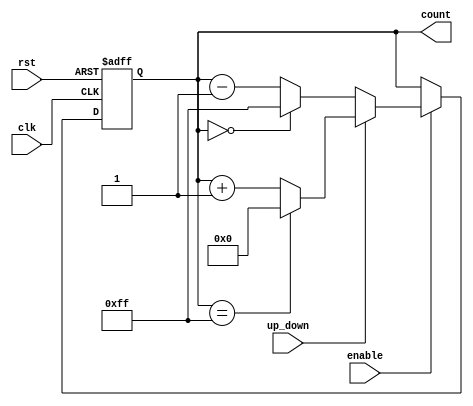
module UpDownCounter (
    input wire clk,           // Clock signal
    input wire rst,           // Asynchronous reset (active high)
    input wire up_down,       // Up/Down control signal
    input wire enable,        // Enable signal
    output reg [7:0] count    // Current count value (8-bit wide)
);

    // Define maximum count value based on the bit-width
    localparam MAX_COUNT = 8'hFF; // 255 for an 8-bit counter

    // Asynchronous reset and counting logic
    always @(posedge clk or posedge rst) begin
        if (rst) begin
            count <= 8'b0; // Reset count to zero
        end else if (enable) begin
            if (up_down) begin
                // Increment count with wrap-around
                if (count == MAX_COUNT) begin
                    count <= 8'b0; // Wrap around to zero
                end else begin
                    count <= count + 1; // Increment count
                end
            end else begin
                // Decrement count with wrap-around
                if (count == 8'b0) begin
                    count <= MAX_COUNT; // Wrap around to max value
                end else begin
                    count <= count - 1; // Decrement count
                end
            end
        end
    end

endmodule